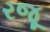
રજૂ